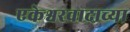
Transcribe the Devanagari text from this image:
एकेश्वरवादाच्या